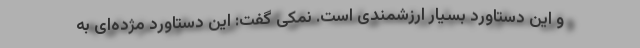
و این دستاورد بسیار ارزشمندی است. نمکی گفت: این دستاورد مژده‌ای به